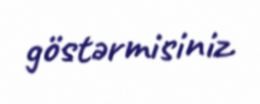
göstərmisiniz.